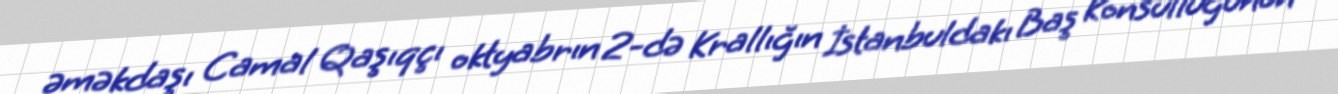
əməkdaşı Camal Qaşıqçı oktyabrın 2-də Krallığın İstanbuldakı Baş Konsulluğunun